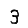
Digit: 3